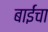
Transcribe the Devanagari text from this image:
बाईंचा